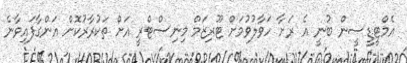
އެމްޓީޑީސީން ބުނީ އެ ރަށާ ހަވާލުވުމަށް ޓޫރިޒަމް މިނިސްޓްރީ އަށް ތަކުރާރުކޮށް އަންގާފައިވާނެ